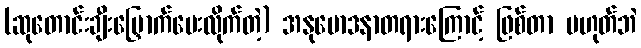
(ဆုတောင်းချီးမြှောက်ပေးလိုက်တဲ့) အနုမောဒနာတရားကြောင့် ဖြစ်တာ မဟုတ်ဘဲ